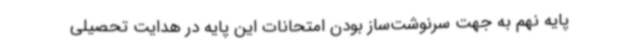
پایه نهم به جهت سرنوشت‌ساز بودن امتحانات این پایه در هدایت تحصیلی